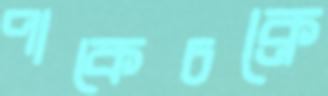
পাকেচক্রে